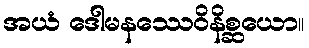
အယံ ဒေါမနဿေဝိနိစ္ဆယော။